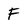
Character: F